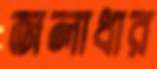
জলাধার